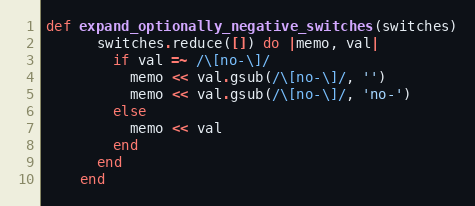
Language: Ruby
def expand_optionally_negative_switches(switches)
      switches.reduce([]) do |memo, val|
        if val =~ /\[no-\]/
          memo << val.gsub(/\[no-\]/, '')
          memo << val.gsub(/\[no-\]/, 'no-')
        else
          memo << val
        end
      end
    end